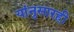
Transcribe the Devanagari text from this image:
यांनुसारही